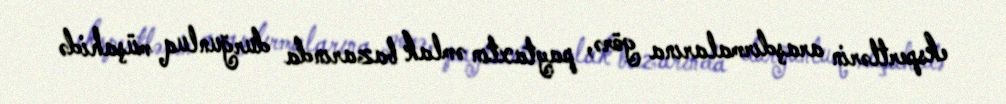
ekspertlərin araşdırmalarına görə, paytaxtın əmlak bazarında durğunluq müşahidə